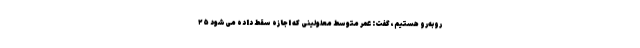
روبه‌رو هستیم، گفت: عمر متوسط معلولینی که اجازه سقط داده می‌شود ۲۵